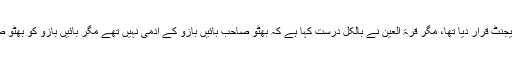
قرۃ العین حیدر کا یہ ناول شائع ہوا تو ترقی پسندوں نے انہیں امریکی استعمار کا ایجنٹ قرار دیا تھا، مگر قرۃ العین نے بالکل درست کہا ہے کہ بھٹو صاحب بائیں بازو کے آدمی نہیں تھے مگر بائیں بازو کو بھٹو صاحب فراہم نہ ہوتے تو بائیں بازو کا پاکستان میں اتنا بھی اثر نہ ہوتا جتنا کہ ہے۔